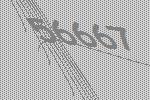
56667